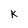
Character: K